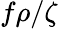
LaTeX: f\rho/\zeta